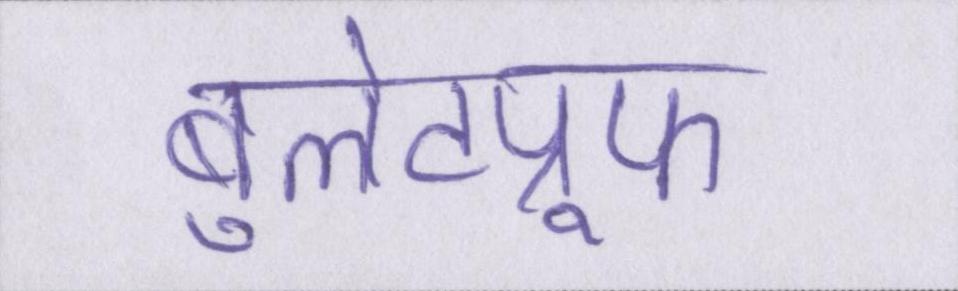
बुलेटप्रूफ